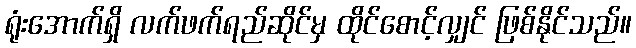
ရုံးအောက်ရှိ လက်ဖက်ရည်ဆိုင်မှ ထိုင်စောင့်လျှင် ဖြစ်နိုင်သည်။